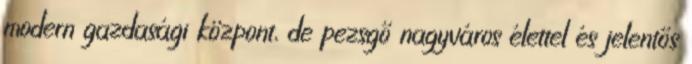
modern gazdasági központ, de pezsgő nagyváros élettel és jelentős